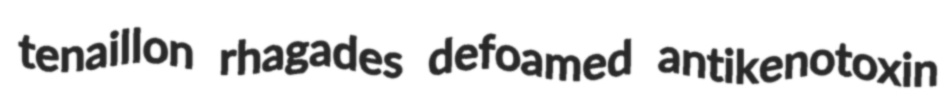
tenaillon rhagades defoamed antikenotoxin